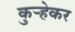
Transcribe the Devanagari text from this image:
कुऱ्हेकर